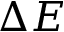
\Delta E